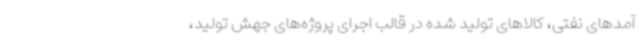
آمدهای نفتی، کالاهای تولید شده در قالب اجرای پروژه‌های جهش تولید،